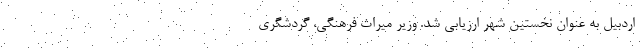
اردبیل به عنوان نخستین شهر ارزیابی شد. وزیر میراث فرهنگی، گردشگری